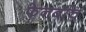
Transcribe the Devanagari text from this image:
फेनर्बाच